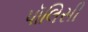
પૉલિસી